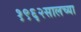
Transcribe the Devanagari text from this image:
१९६२सालच्या